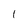
Character: 1